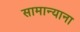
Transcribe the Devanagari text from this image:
सामान्याना